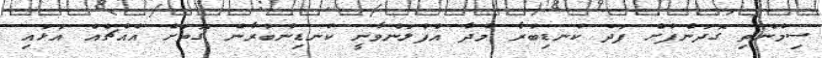
ސިމެންތި ގޮދަންފުށް ފަދަ ކުނޑިބުރާ މުދާ އުފުލަންވާނީ ކުނޑިނުބުރާނެ ގޮތަށް އެއްޗެއް އަޅައި